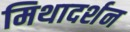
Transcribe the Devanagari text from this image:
मिथादर्शन